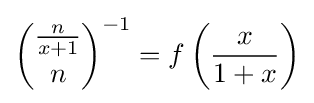
{{\frac {n}{x+1}} \choose n}^{-1}=f\left({\frac {x}{1+x}}\right)